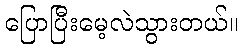
ပြောပြီးမေ့လဲသွားတယ်။